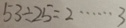
5 3 \div 2 5 = 2 \cdots 3